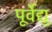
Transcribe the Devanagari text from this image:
पूर्वेद्यु